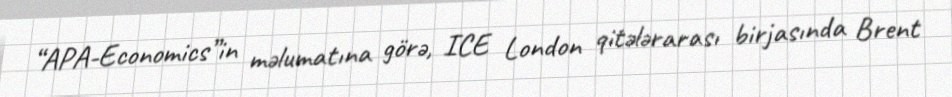
“APA-Economics”in məlumatına görə, ICE London qitələrarası birjasında Brent